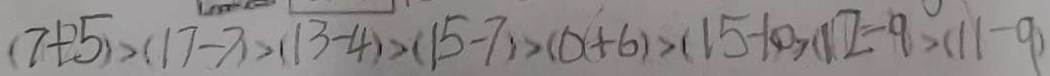
( 7 + 5 ) > ( 1 7 - 7 ) > ( 1 3 - 4 ) > ( 1 5 - 7 ) > ( 0 + 6 ) > ( 1 5 - 1 0 ) > ( 1 2 - 9 ) > ( 1 1 - 9 )